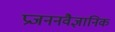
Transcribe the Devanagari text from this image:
प्रजननवैज्ञानिक